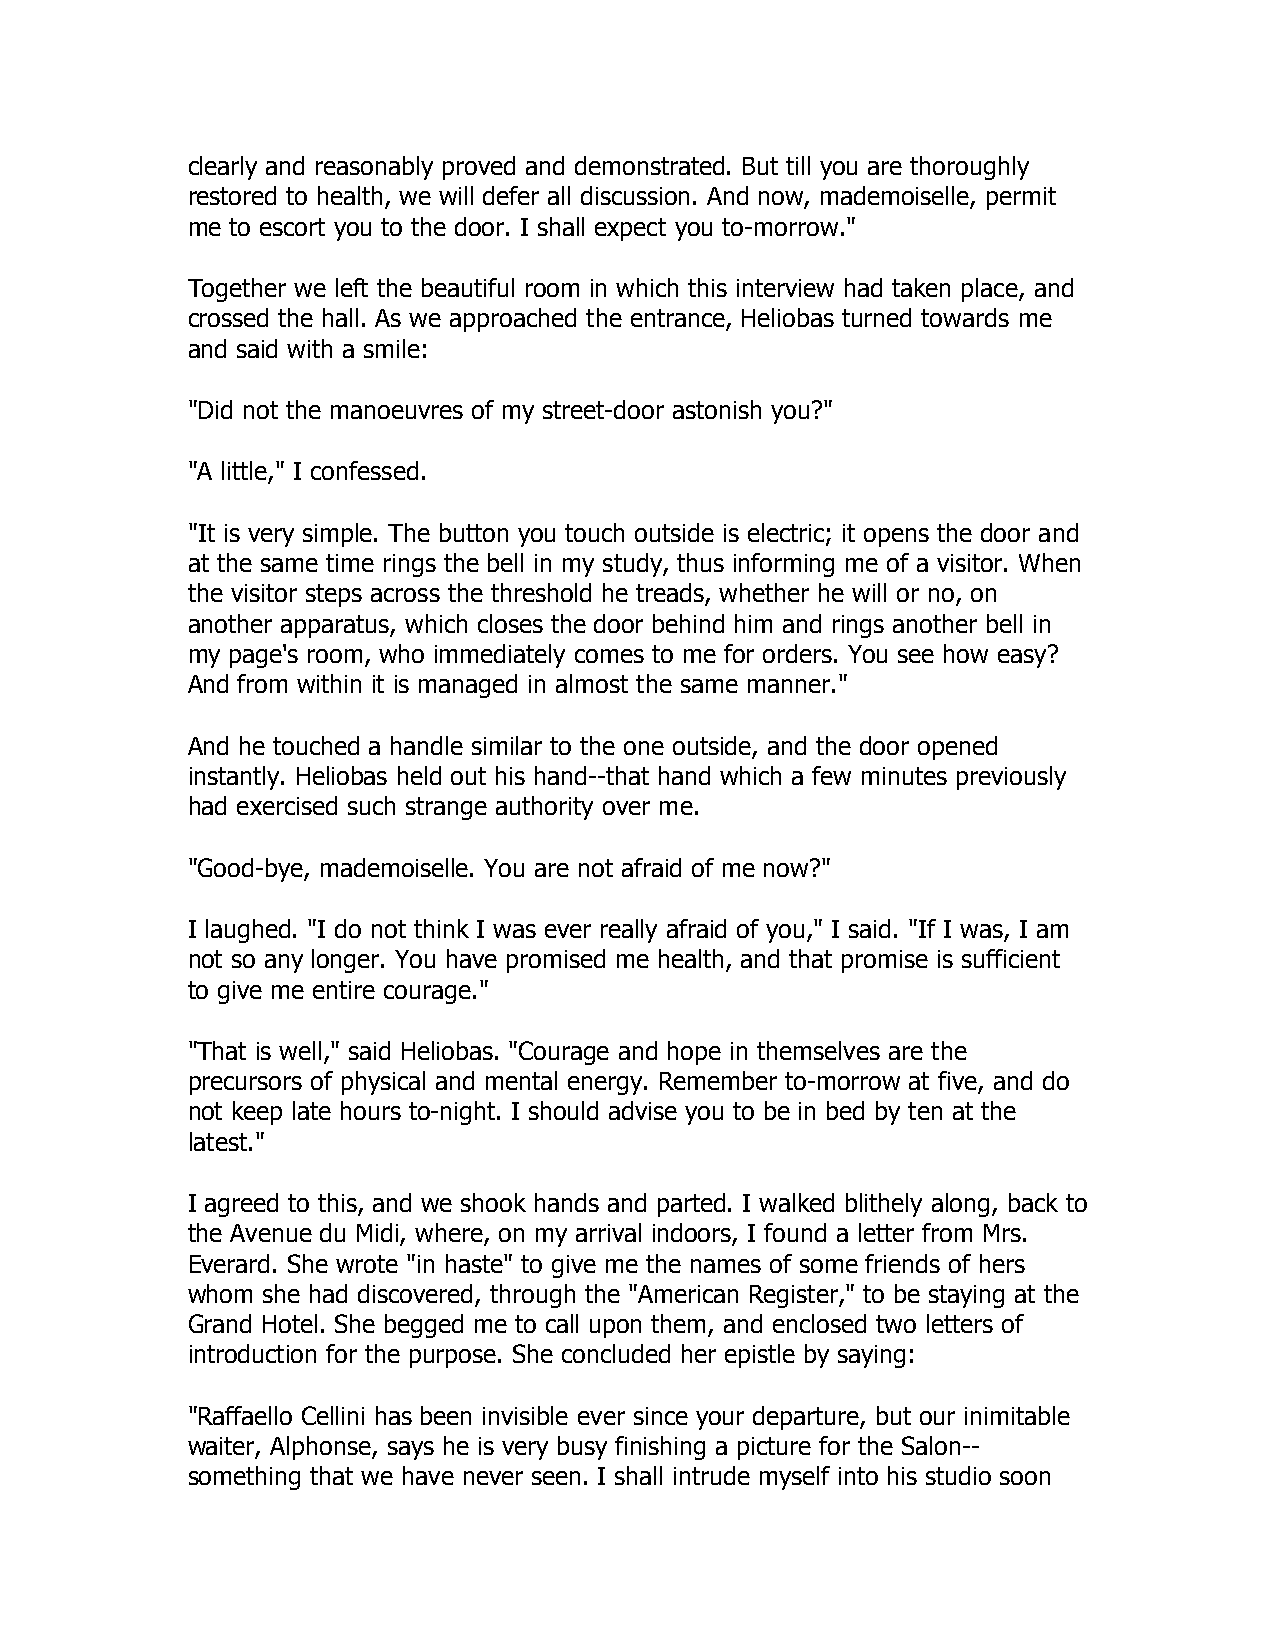
clearly and reasonably proved and demonstrated. But till you are thoroughly
 restored to health, we will defer all discussion. And now, mademoiselle, permit
 me to escort you to the door. I shall expect you to-morrow."
 Together we left the beautiful room in which this interview had taken place, and
 crossed the hall. As we approached the entrance, Heliobas turned towards me
 and said with a smile:
 "Did not the manoeuvres of my street-door astonish you?"
 "A little," I confessed.
 "It is very simple. The button you touch outside is electric; it opens the door and
 at the same time rings the bell in my study, thus informing me of a visitor. When
 the visitor steps across the threshold he treads, whether he will or no, on
 another apparatus, which closes the door behind him and rings another bell in
 my page's room, who immediately comes to me for orders. You see how easy?
 And from within it is managed in almost the same manner."
 And he touched a handle similar to the one outside, and the door opened
 instantly. Heliobas held out his hand--that hand which a few minutes previously
 had exercised such strange authority over me.
 "Good-bye, mademoiselle. You are not afraid of me now?"
 I laughed. "I do not think I was ever really afraid of you," I said. "If I was, I am
 not so any longer. You have promised me health, and that promise is sufficient
 to give me entire courage."
 "That is well," said Heliobas. "Courage and hope in themselves are the
 precursors of physical and mental energy. Remember to-morrow at five, and do
 not keep late hours to-night. I should advise you to be in bed by ten at the
 latest."
 I agreed to this, and we shook hands and parted. I walked blithely along, back to
 the Avenue du Midi, where, on my arrival indoors, I found a letter from Mrs.
 Everard. She wrote "in haste" to give me the names of some friends of hers
 whom she had discovered, through the "American Register," to be staying at the
 Grand Hotel. She begged me to call upon them, and enclosed two letters of
 introduction for the purpose. She concluded her epistle by saying:
 "Raffaello Cellini has been invisible ever since your departure, but our inimitable
 waiter, Alphonse, says he is very busy finishing a picture for the Salon--
 something that we have never seen. I shall intrude myself into his studio soon